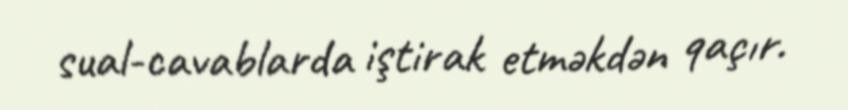
sual-cavablarda iştirak etməkdən qaçır.